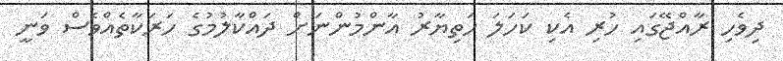
ދިވެހި ރާއްޖޭގައި ހުރި އެކި ކަހަލަ ހަތިޔާރު އާންމުންނަށް ދައްކާލުމުގެ ހަރަކާތެއްވެސް ވަނީ